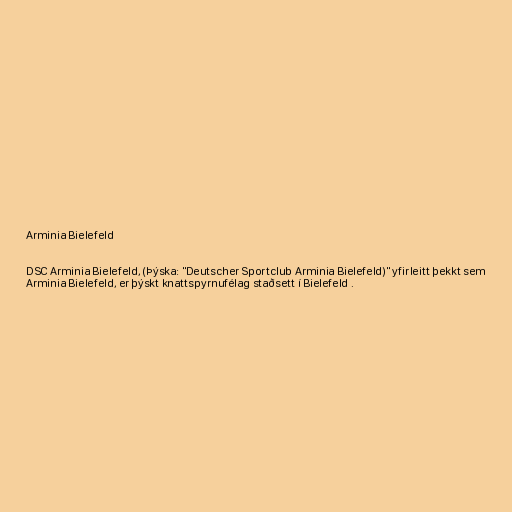
Arminia Bielefeld

DSC Arminia Bielefeld, (Þýska: "Deutscher Sportclub Arminia Bielefeld)" yfirleitt þekkt sem
Arminia Bielefeld, er þýskt knattspyrnufélag staðsett í Bielefeld .